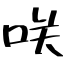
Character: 咲